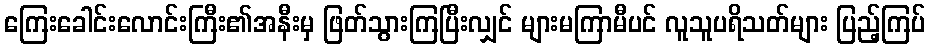
ကြေးခေါင်းလောင်းကြီး၏အနီးမှ ဖြတ်သွားကြပြီးလျှင် များမကြာမီပင် လူသူပရိသတ်များ ပြည့်ကြပ်